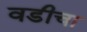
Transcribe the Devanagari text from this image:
वडीचा